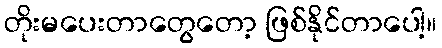
တိုးမပေးတာတွေတော့ ဖြစ်နိုင်တာပေါ့။